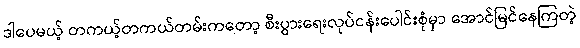
ဒါပေမယ့် တကယ့်တကယ်တမ်းကတော့ စီးပွားရေးလုပ်ငန်းပေါင်းစုံမှာ အောင်မြင်နေကြတဲ့